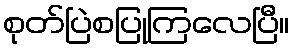
စုတ်ပြဲစပြုကြလေပြီ။